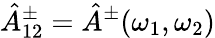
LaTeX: {\hat{A}}_{12}^{\pm}={\hat{A}}^{\pm}(\omega_{1},\omega_{2})